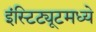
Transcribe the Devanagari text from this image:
इंस्टिट्यूटमध्ये